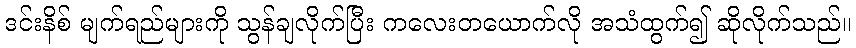
ဒင်းနိစ် မျက်ရည်များကို သွန်ချလိုက်ပြီး ကလေးတယောက်လို အသံထွက်၍ ဆိုလိုက်သည်။